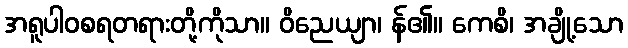
အရူပါဝစရတရားတို့ကိုသာ။ ဝိညေယျာ၊ န်၏။ ကေစိ၊ အချို့သော